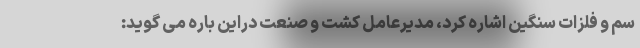
سم و فلزات سنگین اشاره کرد، مدیرعامل کشت و صنعت دراین باره می گوید: